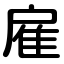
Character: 雇